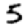
Digit: 5